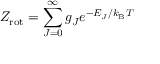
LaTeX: Z _ { \mathrm { r o t } } = \sum _ { J = 0 } ^ { \infty } { g _ { J } e ^ { - E _ { J } / k _ { \mathrm { B } } T \; } }